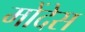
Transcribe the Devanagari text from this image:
मोंदेस